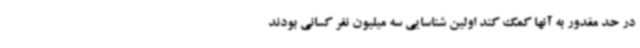
در حد مقدور به آنها کمک کند اولین شناسایی سه میلیون نفر کسانی بودند